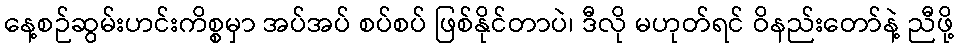
နေ့စဉ်ဆွမ်းဟင်းကိစ္စမှာ အပ်အပ် စပ်စပ် ဖြစ်နိုင်တာပဲ၊ ဒီလို မဟုတ်ရင် ဝိနည်းတော်နဲ့ ညီဖို့